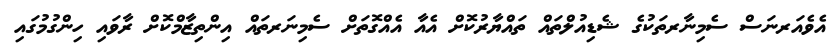
އެވެއަރނަސް ސެމިނާރތަކުގެ ޝެޑިއުލްތައް ތައްޔާރުކޮށް އެއާ އެއްގޮތަށް ސެމިނަރތައް އިންތިޒާމްކޮށް ރާވައި ހިންގުމުގައި